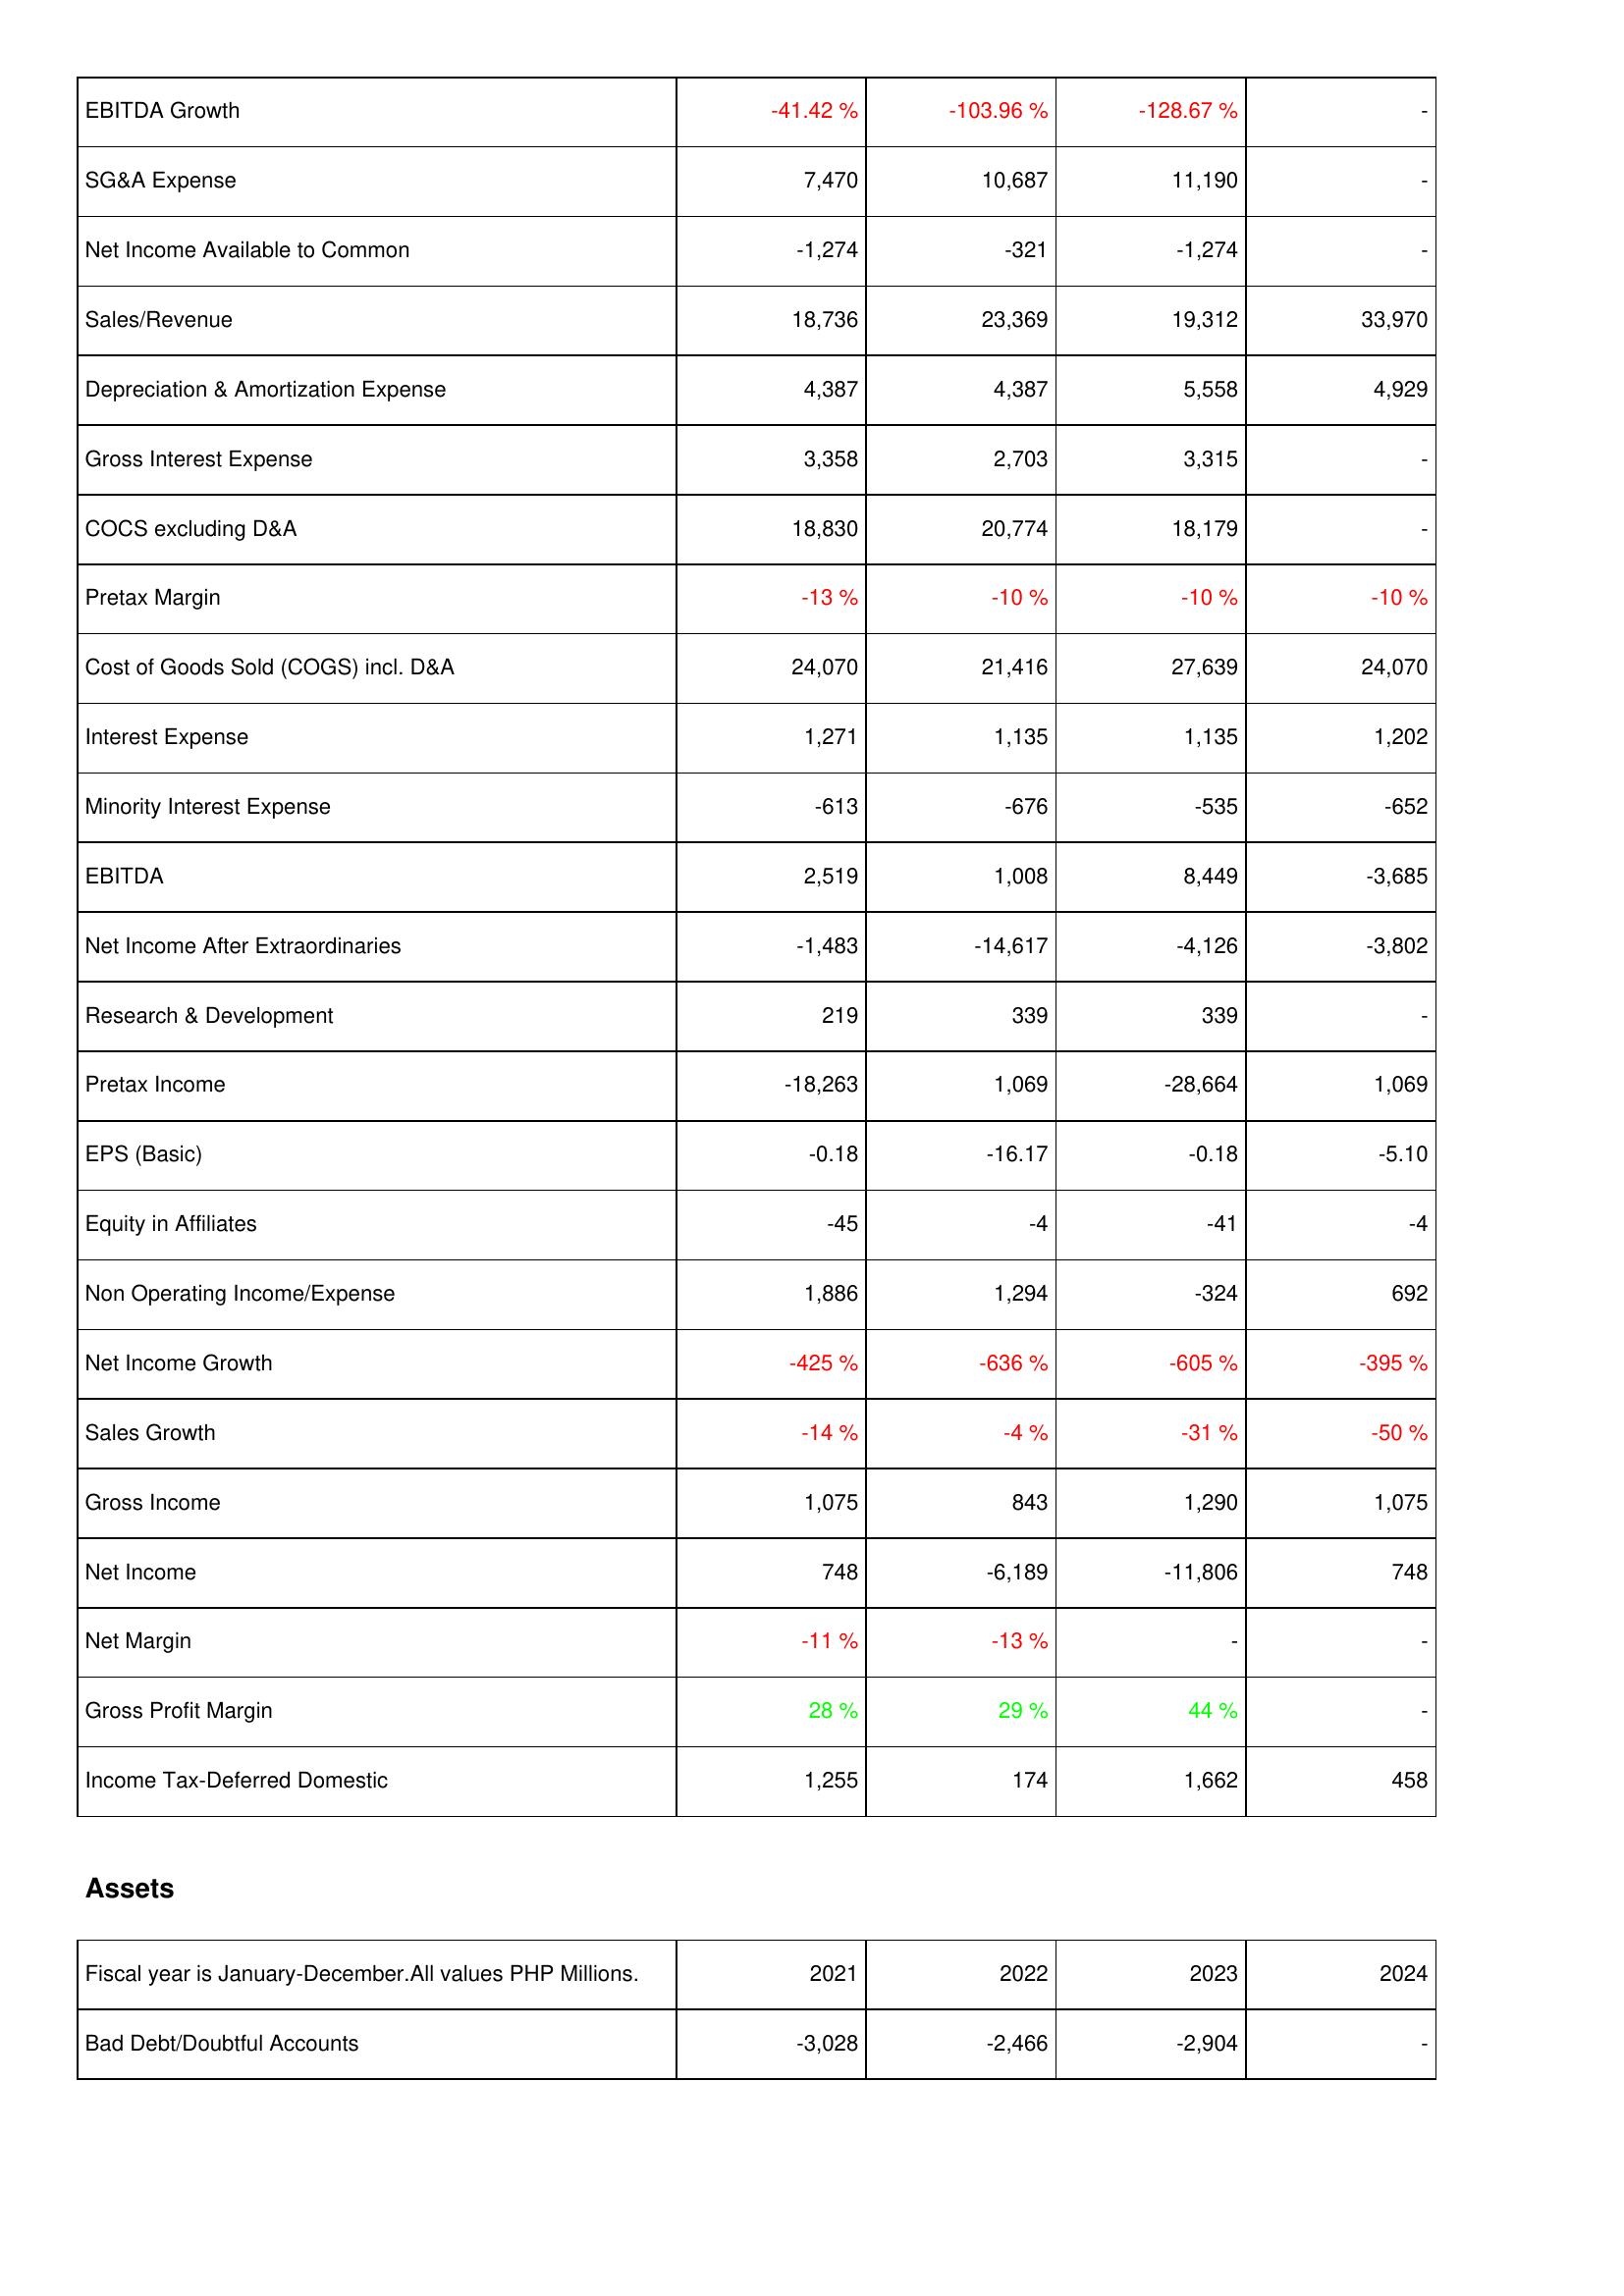
2021: Income Statement: EBITDA Growth: -41.42 %
SG&A Expense: 7,470
Net Income Available to Common: -1,274
Sales/Revenue: 18,736
Depreciation & Amortization Expense: 4,387
Gross Interest Expense: 3,358
COCS excluding D&A: 18,830
Pretax Margin: -13 %
Cost of Goods Sold (COGS) incl. D&A: 24,070
Interest Expense: 1,271
Minority Interest Expense: -613
EBITDA: 2,519
Net Income After Extraordinaries: -1,483
Research & Development: 219
Pretax Income: -18,263
EPS (Basic): -0.18
Equity in Affiliates: -45
Non Operating Income/Expense: 1,886
Net Income Growth: -425 %
Sales Growth: -14 %
Gross Income: 1,075
Net Income: 748
Net Margin: -11 %
Gross Profit Margin: 28 %
Income Tax-Deferred Domestic: 1,255
Assets: Bad Debt/Doubtful Accounts: -3,028
2022: Income Statement: EBITDA Growth: -103.96 %
SG&A Expense: 10,687
Net Income Available to Common: -321
Sales/Revenue: 23,369
Depreciation & Amortization Expense: 4,387
Gross Interest Expense: 2,703
COCS excluding D&A: 20,774
Pretax Margin: -10 %
Cost of Goods Sold (COGS) incl. D&A: 21,416
Interest Expense: 1,135
Minority Interest Expense: -676
EBITDA: 1,008
Net Income After Extraordinaries: -14,617
Research & Development: 339
Pretax Income: 1,069
EPS (Basic): -16.17
Equity in Affiliates: -4
Non Operating Income/Expense: 1,294
Net Income Growth: -636 %
Sales Growth: -4 %
Gross Income: 843
Net Income: -6,189
Net Margin: -13 %
Gross Profit Margin: 29 %
Income Tax-Deferred Domestic: 174
Assets: Bad Debt/Doubtful Accounts: -2,466
2023: Income Statement: EBITDA Growth: -128.67 %
SG&A Expense: 11,190
Net Income Available to Common: -1,274
Sales/Revenue: 19,312
Depreciation & Amortization Expense: 5,558
Gross Interest Expense: 3,315
COCS excluding D&A: 18,179
Pretax Margin: -10 %
Cost of Goods Sold (COGS) incl. D&A: 27,639
Interest Expense: 1,135
Minority Interest Expense: -535
EBITDA: 8,449
Net Income After Extraordinaries: -4,126
Research & Development: 339
Pretax Income: -28,664
EPS (Basic): -0.18
Equity in Affiliates: -41
Non Operating Income/Expense: -324
Net Income Growth: -605 %
Sales Growth: -31 %
Gross Income: 1,290
Net Income: -11,806
Net Margin: -
Gross Profit Margin: 44 %
Income Tax-Deferred Domestic: 1,662
Assets: Bad Debt/Doubtful Accounts: -2,904
2024: Income Statement: EBITDA Growth: -
SG&A Expense: -
Net Income Available to Common: -
Sales/Revenue: 33,970
Depreciation & Amortization Expense: 4,929
Gross Interest Expense: -
COCS excluding D&A: -
Pretax Margin: -10 %
Cost of Goods Sold (COGS) incl. D&A: 24,070
Interest Expense: 1,202
Minority Interest Expense: -652
EBITDA: -3,685
Net Income After Extraordinaries: -3,802
Research & Development: -
Pretax Income: 1,069
EPS (Basic): -5.10
Equity in Affiliates: -4
Non Operating Income/Expense: 692
Net Income Growth: -395 %
Sales Growth: -50 %
Gross Income: 1,075
Net Income: 748
Net Margin: -
Gross Profit Margin: -
Income Tax-Deferred Domestic: 458
Assets: Bad Debt/Doubtful Accounts: -